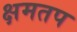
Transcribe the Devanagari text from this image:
क्षमतप